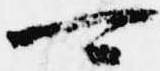
可